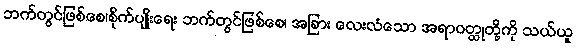
ဘက်တွင်ဖြစ်စေ၊စိုက်ပျိုးရေး ဘက်တွင်ဖြစ်စေ၊ အခြား လေးလံသော အရာဝတ္ထုတို့ကို သယ်ယူ